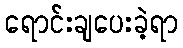
ရောင်းချပေးခဲ့ရာ